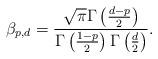
LaTeX: \begin{align*}\beta_{p,d} = \frac{\sqrt{\pi}\Gamma\left(\frac{d-p}{2}\right)}{\Gamma\left(\frac{1-p}{2}\right)\Gamma\left(\frac{d}{2}\right)}.\end{align*}